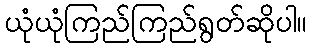
ယုံယုံကြည်ကြည်ရွတ်ဆိုပါ။